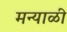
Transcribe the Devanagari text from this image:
मन्याळी